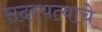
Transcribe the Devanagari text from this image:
सदस्यत्वाचे